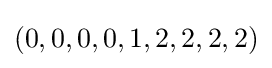
(0,0,0,0,1,2,2,2,2)